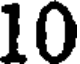
10